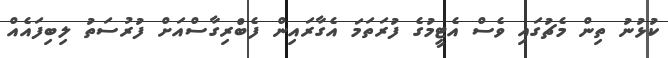
ކުޅުނު ތިން މެޗުގައި ވެސް އެޓީމުގެ ފުރަތަމަ އެގާރައިން ފެބްރިގާސްއަށް ފުރުސަތު ލިބިފައެއް